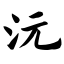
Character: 沅